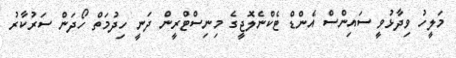
މަލީހު ވިދާޅުވީ ސައިންސް އެންޑް ޓެކްނެލޮޖީގެ މިނިސްޓްރީން ދަނީ ހިދުމަތް ހޯދަން ސަރުކާރު